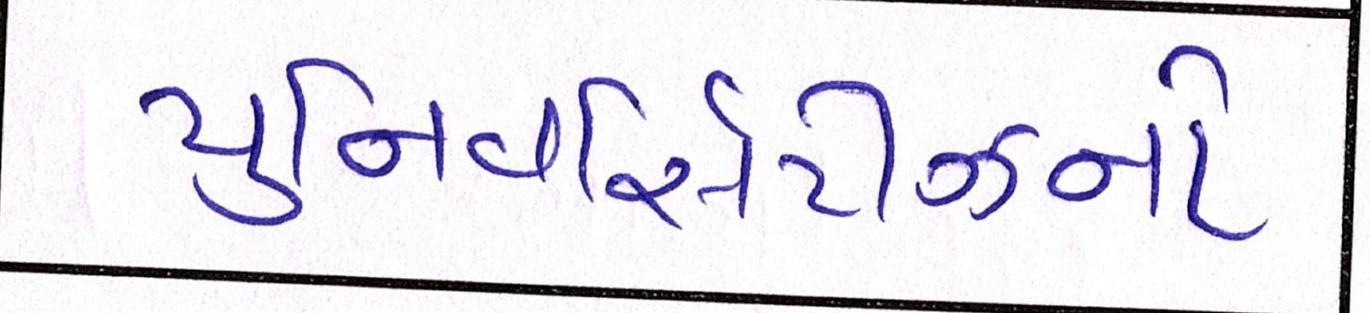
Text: યુનિવર્સિટીઝનો